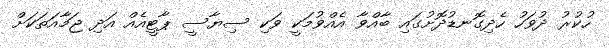
ހުކުރު ދުވަހު ހެދިގޮނޑުދޮށުގައި ބާއްވާ އެއްވުމަކީ ވަކި ސިޔާސީ ޕާޓީއެއް އަދި ޖަމާއަތަކަށް